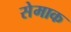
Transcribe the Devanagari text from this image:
सेमाक